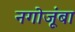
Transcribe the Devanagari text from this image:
नगोजूंबा